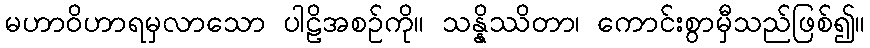
မဟာဝိဟာရမှလာသော ပါဠိအစဉ်ကို။ သန္နိဿိတာ၊ ကောင်းစွာမှီသည်ဖြစ်၍။